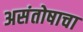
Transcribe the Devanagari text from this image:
असंतोषाचा